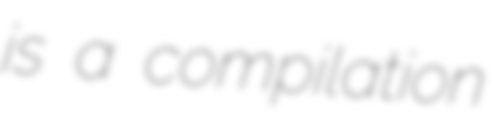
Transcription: is a compilation